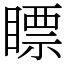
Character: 瞟